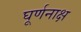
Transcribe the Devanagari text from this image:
घूर्णनाक्ष